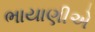
ભાયાણીએ